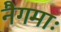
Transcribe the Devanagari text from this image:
नैगमाः